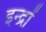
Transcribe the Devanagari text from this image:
इन्द्रों